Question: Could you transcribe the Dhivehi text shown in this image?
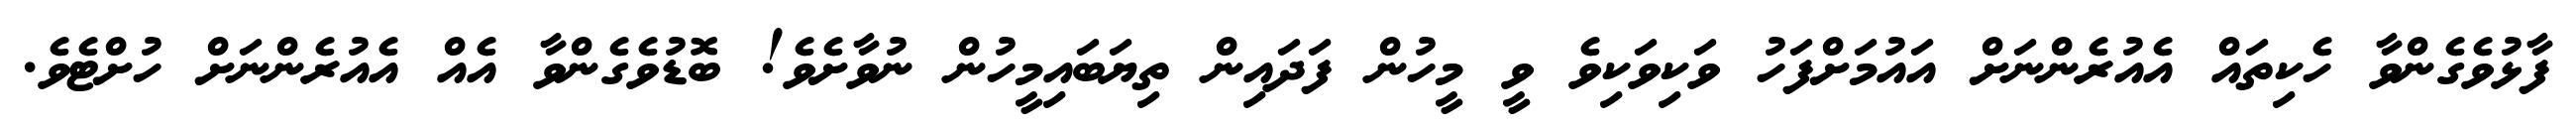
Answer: ފާޅުވެގެންވާ ހެކިތައް އެއުރެންނަށް އައުމަށްފަހު ވަކިވަކިވެ ވީ މީހުން ފަދައިން ތިޔަބައިމީހުން ނުވާށެވެ! ބޮޑުވެގެންވާ އެއް އެއުރެންނަށް ހުށްޓެވެ.